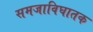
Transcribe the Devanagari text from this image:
समजाविघातक